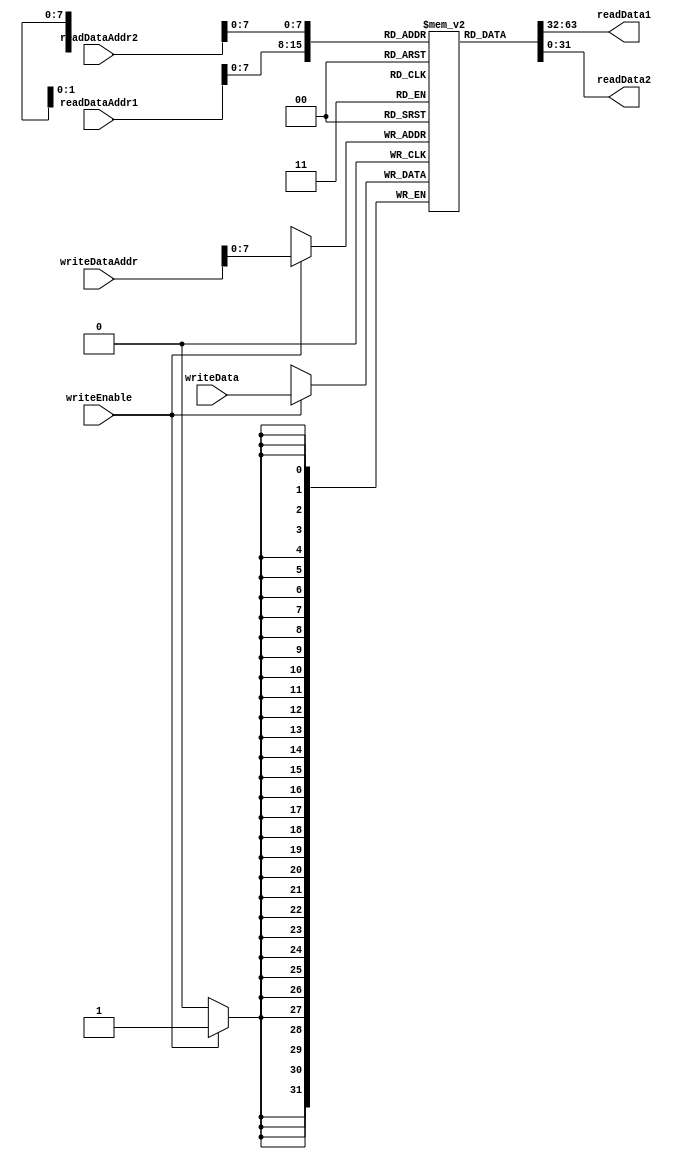
module RegisterFile (
  input wire [31:0] readDataAddr1,
  input wire [31:0] readDataAddr2,
  output wire [31:0] readData1,
  output wire [31:0] readData2,
  input wire [31:0] writeDataAddr,
  input wire [31:0] writeData,
  input wire writeEnable
);

reg [31:0] memory [0:255];

always @(*) begin
  readData1 = memory[readDataAddr1];
  readData2 = memory[readDataAddr2];
end

always @(posedge clk) begin
  if(writeEnable)
    memory[writeDataAddr] <= writeData;
end

endmodule